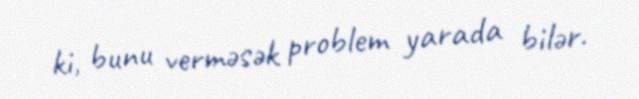
ki, bunu verməsək problem yarada bilər.